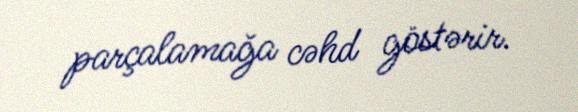
parçalamağa cəhd göstərir.